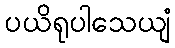
ပယိရုပါသေယျံ